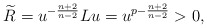
\begin{align*}\widetilde{R}=u^{-\frac{n+2}{n-2}}Lu=u^{p-\frac{n+2}{n-2}}>0, \end{align*}